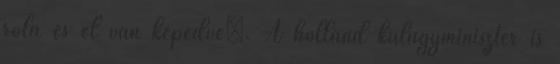
róla és el van képedve”. A holland külügyminiszter is